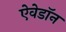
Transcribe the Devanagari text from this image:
ऐवेडॉन